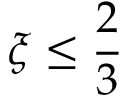
\xi \le \frac { 2 } { 3 }